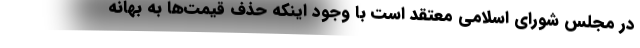
در مجلس شورای اسلامی معتقد است با وجود اینکه حذف قیمت‌ها به بهانه